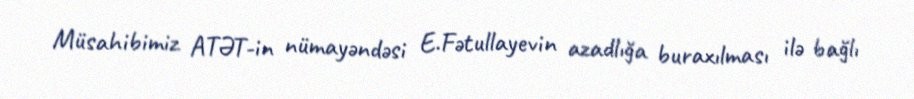
Müsahibimiz ATƏT-in nümayəndəsi E.Fətullayevin azadlığa buraxılması ilə bağlı